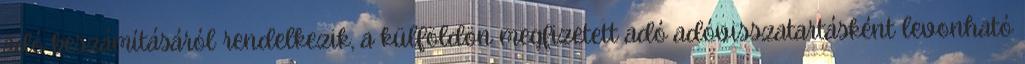
adó beszámításáról rendelkezik, a külföldön megfizetett adó adóvisszatartásként levonható